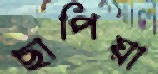
ছাপিয়া